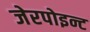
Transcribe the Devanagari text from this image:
जेरपोइन्ट